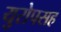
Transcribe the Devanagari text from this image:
युरोपसह